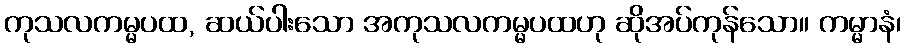
ကုသလကမ္မပထ, ဆယ်ပါးသော အကုသလကမ္မပထဟု ဆိုအပ်ကုန်သော။ ကမ္မာနံ၊